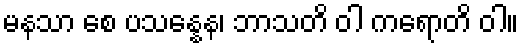
မနသာ စေ ပသန္နေန၊ ဘာသတိ ဝါ ကရောတိ ဝါ။